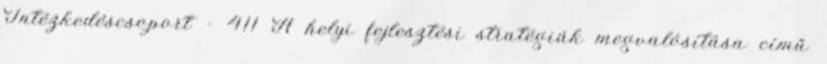
Intézkedéscsoport - 411 A helyi fejlesztési stratégiák megvalósítása című